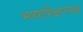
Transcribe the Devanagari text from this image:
भाषाशिक्षणासह